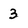
Character: 3